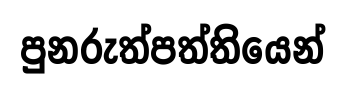
පුනරුත්පත්තියෙන්